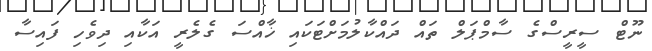
ނޫޓް ސީރީސްގެ ސާމްޕަލް ތައް ދައްކާލުމަށްޓަކައި ޚާއްސަ ގެލެރީ އަކާއި ދިވެހި ފައިސާ